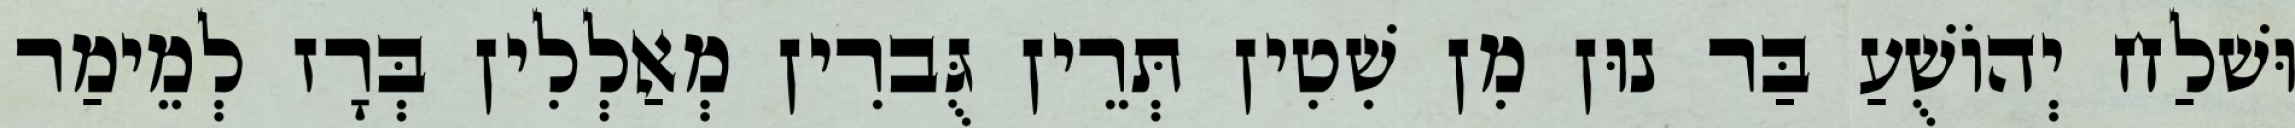
וּשׁלַח יְהוֹשֻׁעַ בַּר נוּן מִן שִׁטִין תְּרֵין גֻּברִין מְאַלְלִין בְּרָז לְמֵימַר